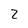
Character: 2